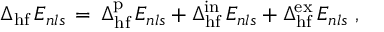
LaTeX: \Delta _ { \mathrm { h f } } \, E _ { n l s } \, = \, \Delta _ { \mathrm { h f } } ^ { \mathrm { p } } \, E _ { n l s } + \Delta _ { \mathrm { h f } } ^ { \mathrm { i n } } \, E _ { n l s } + \Delta _ { \mathrm { h f } } ^ { \mathrm { e x } } \, E _ { n l s } \; ,